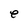
Character: e